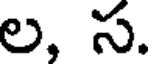
ల, స.